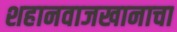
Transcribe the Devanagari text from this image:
शहानवाजखानाचा